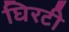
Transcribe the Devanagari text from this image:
घिरटी